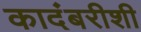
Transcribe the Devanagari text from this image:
कादंबरीशी